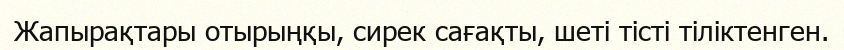
Жапырақтары отырыңқы, сирек сағақты, шеті тісті тіліктенген.